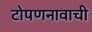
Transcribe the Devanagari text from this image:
टोपणनावाची